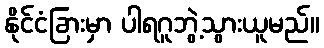
နိုင်ငံခြားမှာ ပါရဂူဘွဲ့သွားယူမည်။